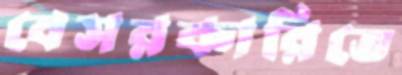
বেসরকারিতে